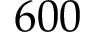
6 0 0